Indian journal of veterinary science and animal husbandry - Volume 6,
Year: 1936
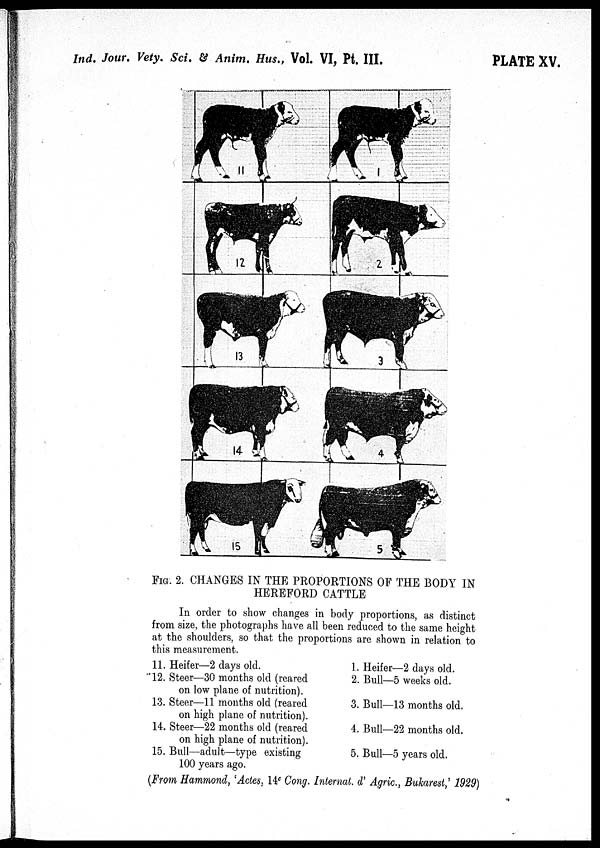
Ind. Jour. Vety. Sci. & Anim. Hus., Vol. VI, Pt. III.
PLATE XV.
FIG. 2. CHANGES IN THE PROPORTIONS OF THE BODY IN
HEREFORD CATTLE
In order to show changes in body proportions, as distinct
from size, the photographs have all been reduced to the same height
at the shoulders, so that the proportions are shown in relation to
this measurement.
11.
12.
13.
14.
15.
Heifer—2 days old.
Steer—30 months old (reared
on low plane of nutrition).
Steer—11 months old (reared
on high plane of nutrition).
Steer—22 months old (reared
on high plane of nutrition).
Bull—adult—type existing
100 years ago.
1.
2.
3
4.
5.
Heifer—2 days old.
Bull—5 weeks old.
Bull—13 months old.
Bull—22 months old.
Bull—5 years old.
(From Hammond, 'Actes, 14 c Cong. Internal. d' Agric., Bukarest,' 1929)